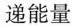
递能量